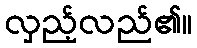
လှည့်လည်၏။